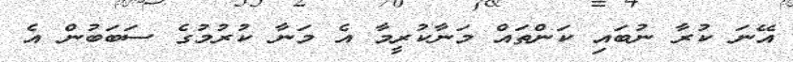
އޭނަ ކުރާ ނުބައި ކަންތައް މަނާކުރީމާ އެ މަނާ ކުރުމުގެ ސަބަބުން އެ